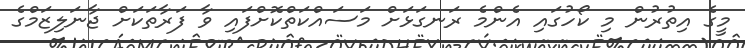
މީގެ އިތުރުން މި ކޯހުގައި އެންމެ ރަނގަޅަށް މަސައްކަތްކޮށްފައި ވާ ފަރާތަކަށް ޖާނަލިޒަމްގެ